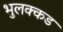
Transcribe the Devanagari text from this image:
भुलक्कड